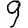
Digit: 9